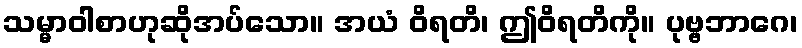
သမ္မာဝါစာဟုဆိုအပ်သော။ အယံ ဝိရတိ၊ ဤဝိရတိကို။ ပုဗ္ဗဘာဂေ၊